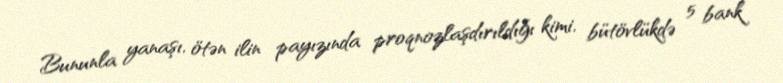
Bununla yanaşı, ötən ilin payızında proqnozlaşdırıldığı kimi, bütövlükdə 5 bank